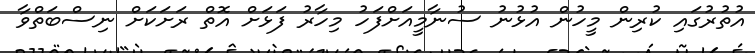
އުތުރުގައި ކުރިން މީހުން އުޅުނު ސުނާމީއަށްފަހު މިހާރު ފަޅަށް އޮތް ރަށަކަށް ނިސްބަތްވާ